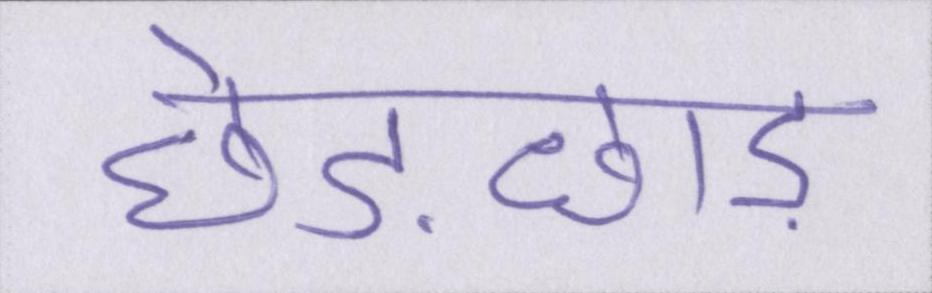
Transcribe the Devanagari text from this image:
छेड़छाड़